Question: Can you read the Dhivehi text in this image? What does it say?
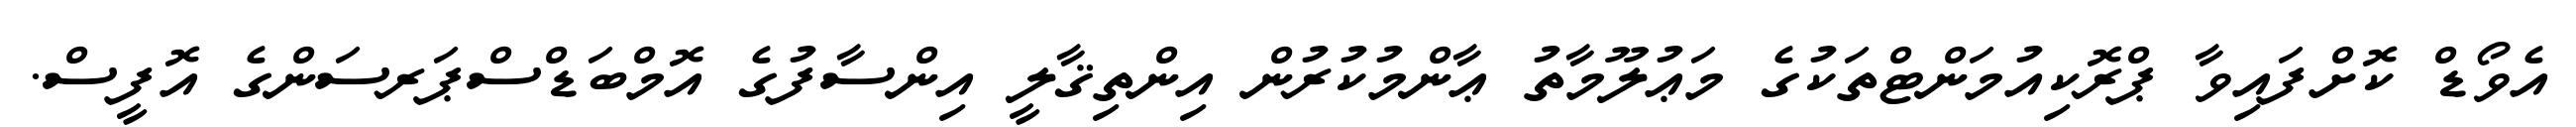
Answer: އެވޯޑް ކޮށްފައިވާ ޕްރޮކިއުމަންޓްތަކުގެ މަޢުލޫމާތު ޢާންމުކުރުން އިންތިޤާލީ އިންސާފުގެ އޮމްބަޑްސްޕަރސަންގެ އޮފީސް.